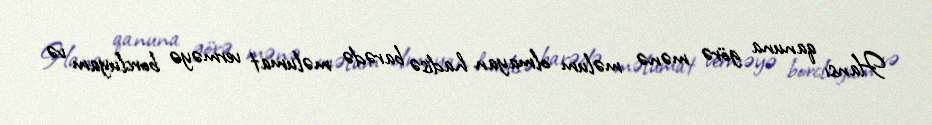
Hansı qanuna görə mənə məlum olmayan hadisə barədə məlumat verməyə borcluyam və